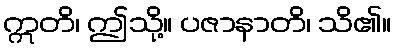
ဣတိ၊ ဤသို့။ ပဇာနာတိ၊ သိ၏။